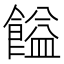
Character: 𩝱